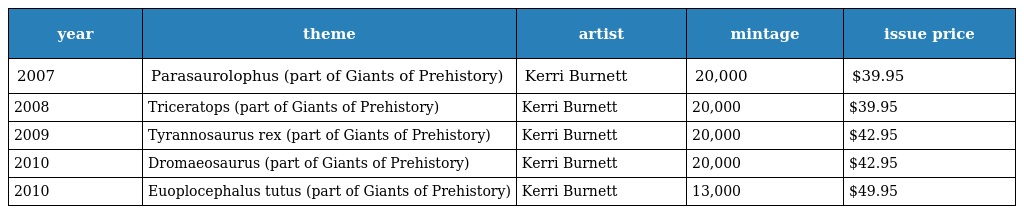
| year | theme | artist | mintage | issue price |
 | --- | --- | --- | --- | --- |
 | 2007 | Parasaurolophus (part of Giants of Prehistory) | Kerri Burnett | 20,000 | $39.95 |
 | 2008 | Triceratops (part of Giants of Prehistory) | Kerri Burnett | 20,000 | $39.95 |
 | 2009 | Tyrannosaurus rex (part of Giants of Prehistory) | Kerri Burnett | 20,000 | $42.95 |
 | 2010 | Dromaeosaurus (part of Giants of Prehistory) | Kerri Burnett | 20,000 | $42.95 |
 | 2010 | Euoplocephalus tutus (part of Giants of Prehistory) | Kerri Burnett | 13,000 | $49.95 |